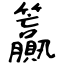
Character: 籯